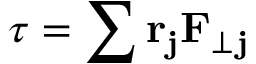
\tau = \sum \mathbf { r _ { j } } \mathbf { F } _ { \perp } \mathbf { _ { j } }